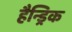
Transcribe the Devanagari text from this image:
हैन्ड्रिक